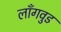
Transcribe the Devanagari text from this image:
लाँगवुड